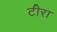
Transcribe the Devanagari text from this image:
टीरा